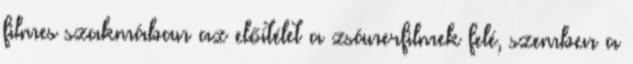
filmes szakmában az előítélet a zsánerfilmek felé, szemben a